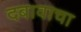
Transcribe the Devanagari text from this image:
दबावाचा